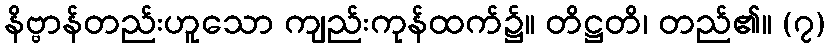
နိဗ္ဗာန်တည်းဟူသော ကျည်းကုန်ထက်၌။ တိဋ္ဌတိ၊ တည်၏။ (၇)